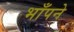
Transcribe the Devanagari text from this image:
भाँपने